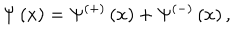
\Psi \left( x \right) = \Psi ^ { \left( + \right) } \left( x \right) + \Psi ^ { \left( - \right) } \left( x \right) ,